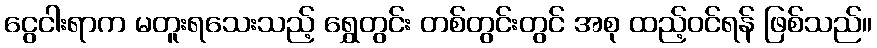
ငွေငါးရာက မတူးရသေးသည့် ရွှေတွင်း တစ်တွင်းတွင် အစု ထည့်ဝင်ရန် ဖြစ်သည်။